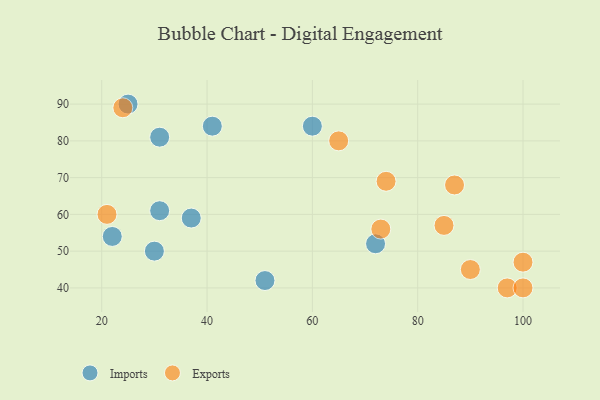
{"axis": {"x": "GDP", "y": "Life Expectancy"}, "legend": ["Exports", "Imports"], "data": [{"x": "60", "y": 84, "type": "Imports"}, {"x": "30", "y": 50, "type": "Imports"}, {"x": "41", "y": 84, "type": "Imports"}, {"x": "31", "y": 81, "type": "Imports"}, {"x": "31", "y": 61, "type": "Imports"}, {"x": "25", "y": 90, "type": "Imports"}, {"x": "72", "y": 52, "type": "Imports"}, {"x": "37", "y": 59, "type": "Imports"}, {"x": "51", "y": 42, "type": "Imports"}, {"x": "22", "y": 54, "type": "Imports"}, {"x": "87", "y": 68, "type": "Exports"}, {"x": "90", "y": 45, "type": "Exports"}, {"x": "74", "y": 69, "type": "Exports"}, {"x": "100", "y": 47, "type": "Exports"}, {"x": "97", "y": 40, "type": "Exports"}, {"x": "21", "y": 60, "type": "Exports"}, {"x": "100", "y": 40, "type": "Exports"}, {"x": "65", "y": 80, "type": "Exports"}, {"x": "85", "y": 57, "type": "Exports"}, {"x": "73", "y": 56, "type": "Exports"}, {"x": "24", "y": 89, "type": "Exports"}]}